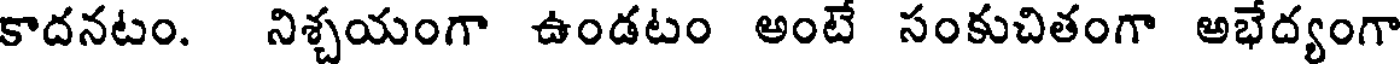
కాదనటం. నిశ్చయంగా ఉండటం అంటే సంకుచితంగా అభేద్యంగా